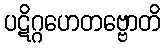
ပဋိဂ္ဂဟေတဗ္ဗောတိ